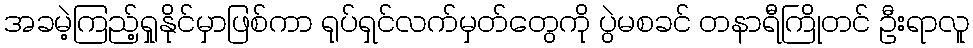
အခမဲ့ကြည့်ရှုနိုင်မှာဖြစ်ကာ ရုပ်ရှင်လက်မှတ်တွေကို ပွဲမစခင် တနာရီကြိုတင် ဦးရာလူ